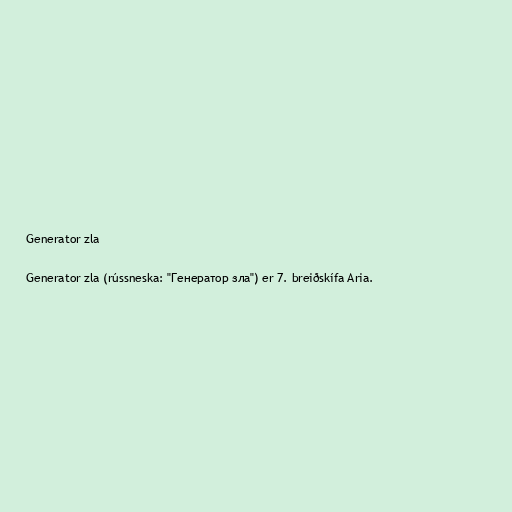
Generator zla

Generator zla (rússneska: "Генератор зла") er 7. breiðskífa Aria.